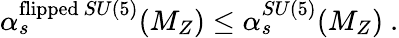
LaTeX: \alpha_{s}^{\mathrm{flipped}~SU(5)}(M_{Z})\leq\alpha_{s}^{SU(5)}(M_{Z})\ .